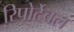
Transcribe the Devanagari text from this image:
रिपोर्टेबल